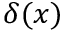
\delta ( x )